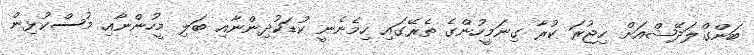
ބަންގްލަދޭޝްއަށް ހިޖުރަ ކުރާ ގިނަމީހުންގެ ތެރޭގައި ހިމެނެނީ ކުޑަކުދިންނާއި ބަލި މީހުންނާއި މުސްކުޅިން